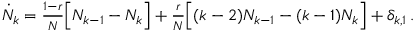
\begin{array} { r } { \dot { N } _ { k } = \frac { 1 - r } { N } \Big [ N _ { k - 1 } - N _ { k } \Big ] + \frac { r } { N } \Big [ ( k - 2 ) N _ { k - 1 } - ( k - 1 ) N _ { k } \Big ] + \delta _ { k , 1 } \, . } \end{array}